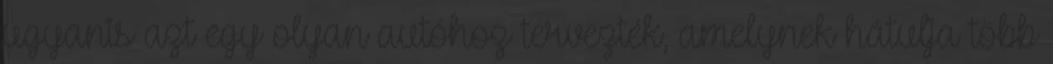
ugyanis azt egy olyan autóhoz tervezték, amelynek hátulja több